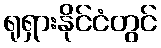
ရုရှားနိုင်ငံတွင်